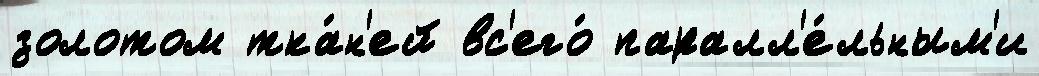
золотом тка́н'ей вс'его́ паралл'е́льным'и